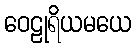
ဝေဠုရိယမယေ